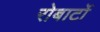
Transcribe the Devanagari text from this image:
रोबार्टो